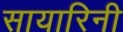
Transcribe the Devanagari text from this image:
सायारिनी